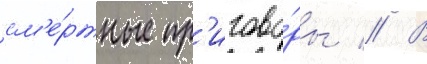
см'е́ртные пр'игово́ры // В